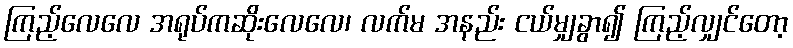
ကြည့်လေလေ အရုပ်ကဆိုးလေလေ၊ လက်မ အနည်း ငယ်မျှခွာ၍ ကြည့်လျှင်တော့